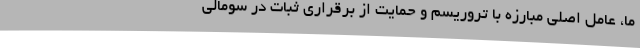
ما، عامل اصلی مبارزه با تروریسم و حمایت از برقراری ثبات در سومالی